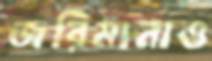
জরিমানাও